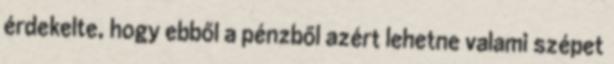
érdekelte, hogy ebből a pénzből azért lehetne valami szépet